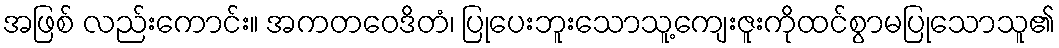
အဖြစ် လည်းကောင်း။ အကတဝေဒိတံ၊ ပြုပေးဘူးသောသူ့ကျေးဇူးကိုထင်စွာမပြုသောသူ၏